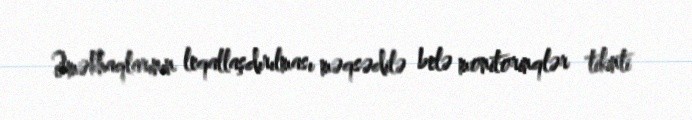
Əməkhaqlarının leqallaşdırılması məqsədilə belə monitorinqlər tikinti